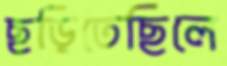
ছড়িতেছিলে